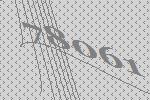
78061